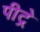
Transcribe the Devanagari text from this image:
पीट्रे